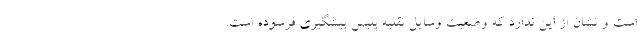
است و نشان از این ندارد که وضعیت وسایل نقلیه پلیس پیشگیری فرسوده است.